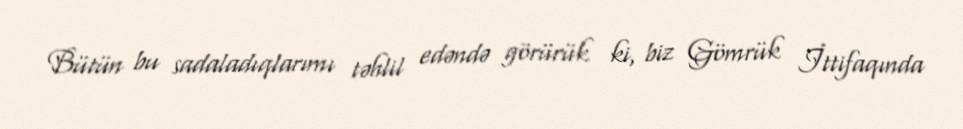
Bütün bu sadaladıqlarımı təhlil edəndə görürük ki, biz Gömrük İttifaqında